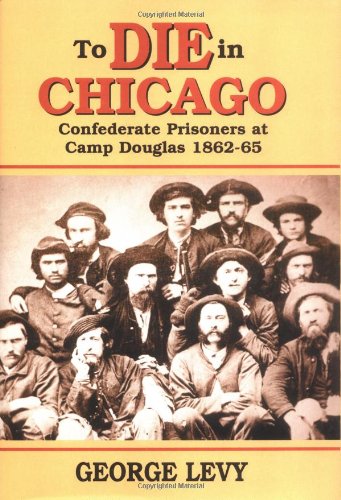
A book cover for To Die in Chicago: Confederate Prisoners at Camp Douglas, 1862-65; George Levy; History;